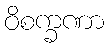
ဝိစက္ခဏာ